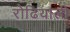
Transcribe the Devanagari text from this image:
रोढियाली